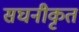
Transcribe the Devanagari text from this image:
सघनीकृत